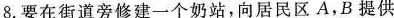
8.要在街道旁修建一个奶站，向居民区A，B提供